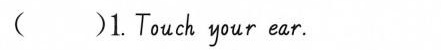
( )1. Touch your ear.